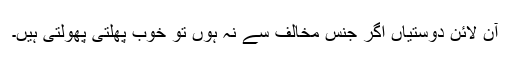
آن لائن دوستیاں اگر جنس مخالف سے نہ ہوں تو خوب پھلتی پھولتی ہیں۔